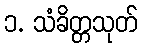
၁. သံခိတ္တသုတ်